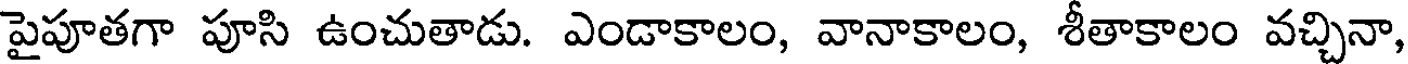
పైపూతగా పూసి ఉంచుతాడు. ఎండాకాలం, వానాకాలం, శీతాకాలం వచ్చినా,